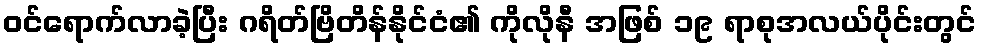
ဝင်ရောက်လာခဲ့ပြီး ဂရိတ်ဗြိတိန်နိုင်ငံ၏ ကိုလိုနီ အဖြစ် ၁၉ ရာစုအလယ်ပိုင်းတွင်